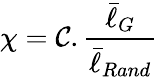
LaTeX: \chi=\mathcal{C}.\frac{{\bar{{\ell}}_{G}}}{{\bar{{\ell}}_{Rand}}}